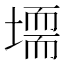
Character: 𡑂